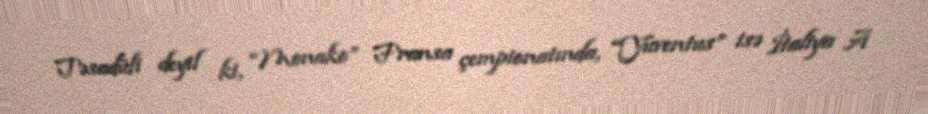
Təsadüfi deyil ki, “Monako” Fransa çempionatında, “Yuventus” isə İtaliya A